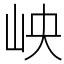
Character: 岟